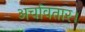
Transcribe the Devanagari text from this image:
अर्चावतार।